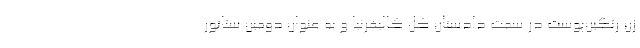
زن رنگین‌پوست در سمت دادستان کل کالیفرنیا و به عنوان دومین سناتور